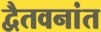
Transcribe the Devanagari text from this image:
द्वैतवनांत